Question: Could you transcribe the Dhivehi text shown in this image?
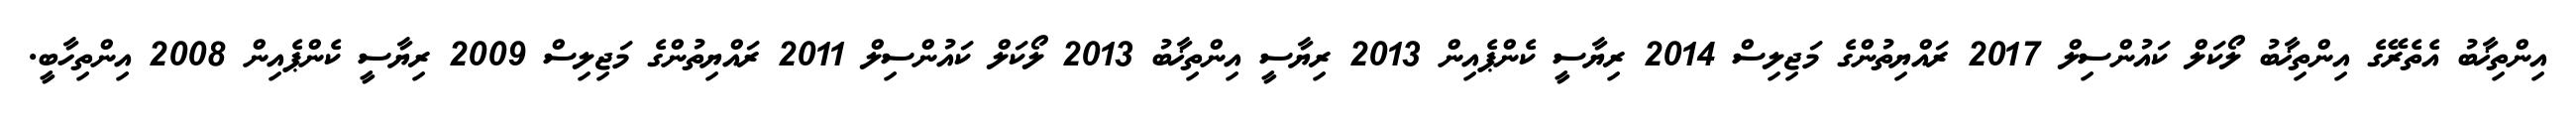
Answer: އިންތިޚާބު އެތެރޭގެ އިންތިޚާބު ލޯކަލް ކައުންސިލް 2017 ރައްޔިތުންގެ މަޖިލިސް 2014 ރިޔާސީ ކެންޕެއިން 2013 ރިޔާސީ އިންތިޚާބު 2013 ލޯކަލް ކައުންސިލް 2011 ރައްޔިތުންގެ މަޖިލިސް 2009 ރިޔާސީ ކެންޕެއިން 2008 އިންތިހާބީ.